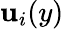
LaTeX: \mathbf{u}_{i}(y)